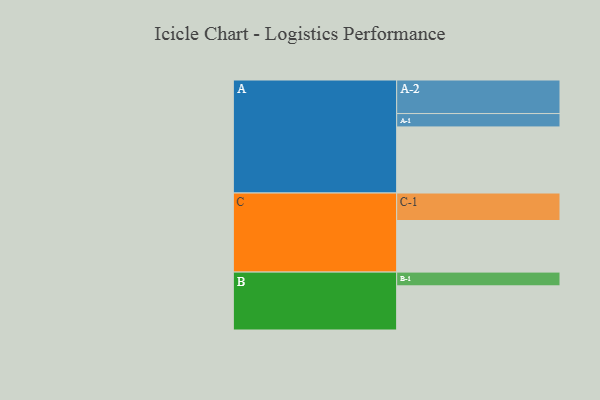
{"axis": {"x": "Segment", "y": "Value"}, "legend": ["", "A", "B", "C"], "data": [{"x": "A", "y": 524, "type": ""}, {"x": "B", "y": 350, "type": ""}, {"x": "C", "y": 409, "type": ""}, {"x": "A-1", "y": 106, "type": "A"}, {"x": "A-2", "y": 266, "type": "A"}, {"x": "B-1", "y": 109, "type": "B"}, {"x": "C-1", "y": 218, "type": "C"}]}